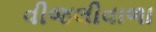
વીજલીવાળા